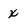
Character: x